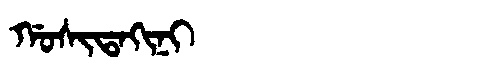
Manchu: ᡤᠣᠰᡳᡨᠠᡴᡳᠨᡳ
Romanization: GOSITAKINI